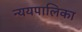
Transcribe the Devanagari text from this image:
न्ययपालिका